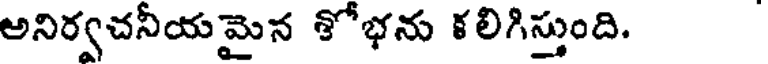
అనిర్వచనీయమైన శోభను కలిగిస్తుంది.